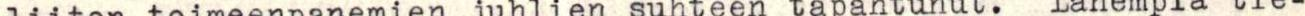
liiton toimeenpanemien juhlien suhteen tapahtunut. Lähempiä tie-